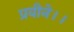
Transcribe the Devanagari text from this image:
प्रवीने।।